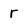
Character: r